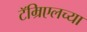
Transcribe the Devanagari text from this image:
टॅम्रिएलच्या